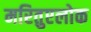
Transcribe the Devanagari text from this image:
मरितुएलोक